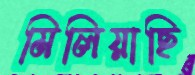
মিলিয়াছি